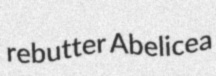
rebutter Abelicea